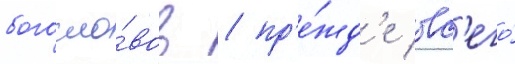
богосло́вов / пр'е́жд'е вс'его́